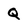
Character: Q